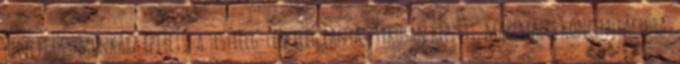
helyett összmunkára épített, a testileg-lelkileg fantasztikusan képzett, maximális koncentrációra,